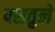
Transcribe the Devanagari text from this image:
पसतुले